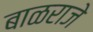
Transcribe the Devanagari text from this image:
बाळराजे